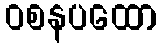
ဝစနပထော